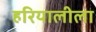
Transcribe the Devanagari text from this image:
हरियालीला